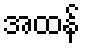
အထန်